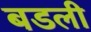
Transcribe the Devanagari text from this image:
बडली